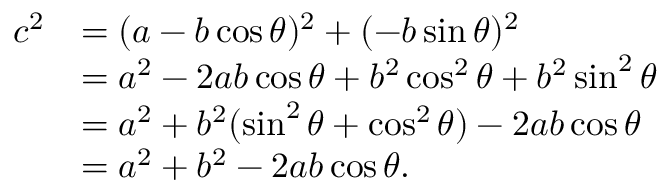
{ \begin{array} { r l } { c ^ { 2 } } & { = ( a - b \cos \theta ) ^ { 2 } + ( - b \sin \theta ) ^ { 2 } } \\ & { = a ^ { 2 } - 2 a b \cos \theta + b ^ { 2 } \cos ^ { 2 } \theta + b ^ { 2 } \sin ^ { 2 } \theta } \\ & { = a ^ { 2 } + b ^ { 2 } ( \sin ^ { 2 } \theta + \cos ^ { 2 } \theta ) - 2 a b \cos \theta } \\ & { = a ^ { 2 } + b ^ { 2 } - 2 a b \cos \theta . } \end{array} }